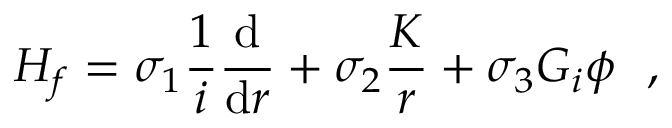
H _ { f } = \sigma _ { 1 } \frac { 1 } { i } \frac { \mathrm { d } } { \mathrm { d } r } + \sigma _ { 2 } \frac { K } { r } + \sigma _ { 3 } G _ { i } \phi ~ ~ ,